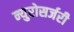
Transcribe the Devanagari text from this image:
न्युरोसर्जरी